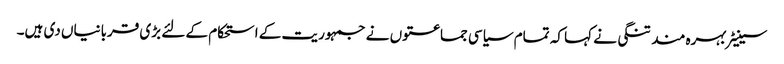
سینیٹر بہرہ مند تنگی نے کہا کہ تمام سیاسی جماعتوں نے جمہوریت کے استحکام کے لئے بڑی قربانیاں دی ہیں۔